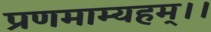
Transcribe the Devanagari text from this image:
प्रणमाम्यहम्।।